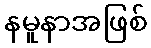
နမူနာအဖြစ်